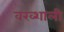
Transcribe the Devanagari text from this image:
वख्शाली